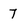
Character: 7